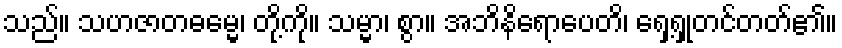
သည်။ သဟဇာတဓမ္မေ၊ တို့ကို။ သမ္မာ၊ စွာ။ အဘိနိရောပေတိ၊ ရှေ့ရှုတင်တတ်၏။